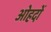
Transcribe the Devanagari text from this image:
अोहदों